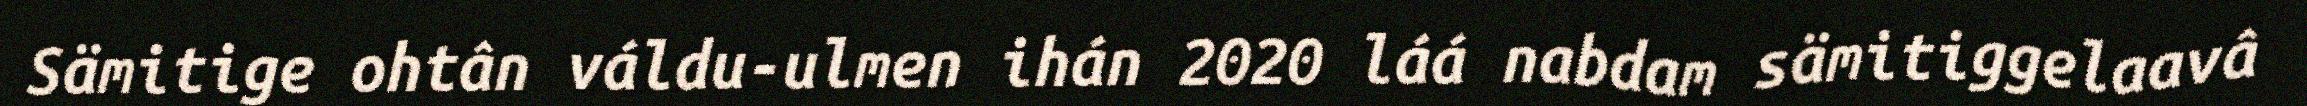
Sämitige ohtân váldu-ulmen ihán 2020 láá nabdam sämitiggelaavâ